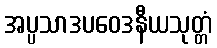
အပ္ပသာဒပဝေဒနီယသုတ္တံ